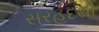
સરહદથી